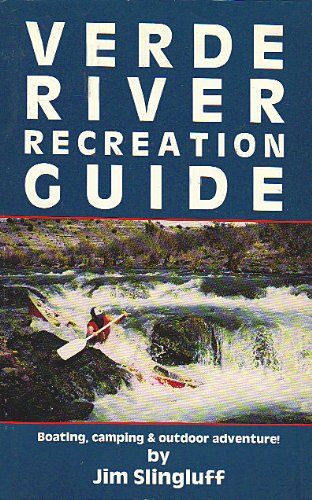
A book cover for Verde River Recreation Guide; Jim Slingluff; Travel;